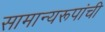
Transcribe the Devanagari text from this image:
सामान्यरूपांची